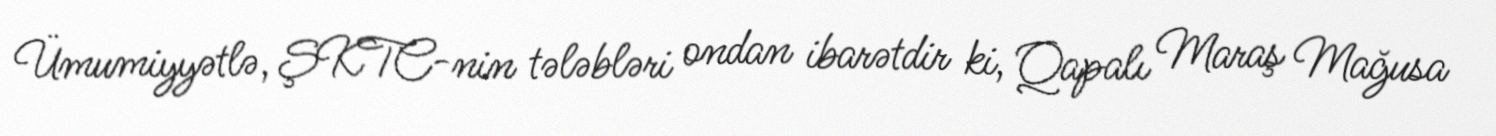
Ümumiyyətlə, ŞKTC-nin tələbləri ondan ibarətdir ki, Qapalı Maraş Mağusa